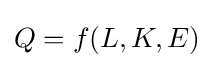
Q=f(L,K,E)